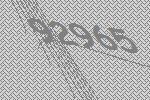
92965